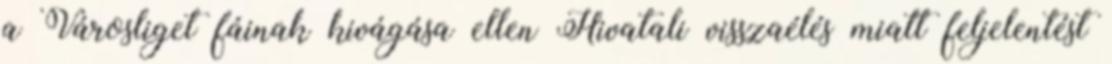
a Városliget fáinak kivágása ellen Hivatali visszaélés miatt feljelentést